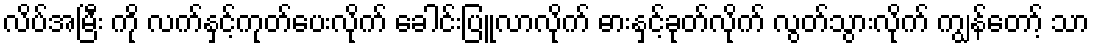
လိပ်အမြီး ကို လက်နှင့်ကုတ်ပေးလိုက် ခေါင်းပြူလာလိုက် ဓားနှင့်ခုတ်လိုက် လွတ်သွားလိုက် ကျွန်တော့် သာ